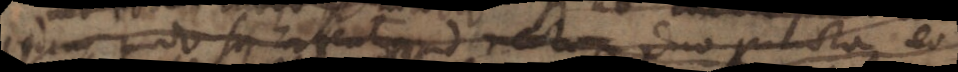
idim modo sis erfral ad recta duo puncta eo